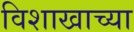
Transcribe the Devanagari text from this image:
विशाखाच्या